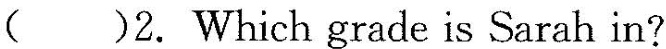
( )2. Which grade is Sarah in?